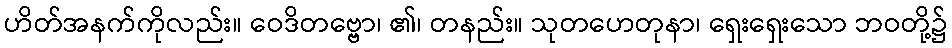
ဟိတ်အနက်ကိုလည်း။ ဝေဒိတဗ္ဗော၊ ၏၊ တနည်း။ သုတဟေတုနာ၊ ရှေးရှေးသော ဘဝတို့၌